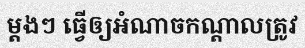
ម្តងៗ ធ្វើឲ្យអំណាចកណ្តាលត្រូវ